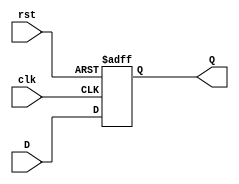
`timescale 1ns / 1ns

module register32(clk, rst, D, Q);
input clk, rst;
input  [31:0] D;
output [31:0] Q;
reg    [31:0] Q;

always @ (posedge clk, posedge rst)
	if (rst) Q <= 31'b0;
	else		Q <= D;
endmodule